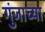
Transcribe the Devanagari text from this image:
गुंजाच्या